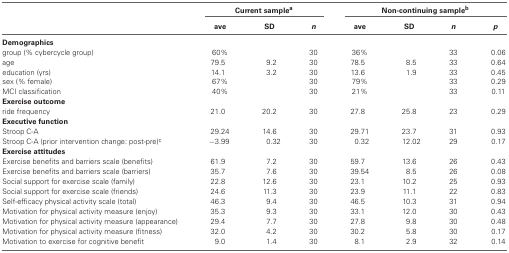
|  | <COLSPAN=3> Current samplea | <COLSPAN=4> Non-continuing sampleb |
 |  | ave | SD | n | ave | SD | n | p |
 | --- | --- | --- | --- | --- | --- | --- | --- |
 | Demographics |
 | group (% cybercycle group) | 60% |  | 30 | 36% |  | 33 | 0.06 |
 | age | 79.5 | 9.2 | 30 | 78.5 | 8.5 | 33 | 0.64 |
 | education (yrs) | 14.1 | 3.2 | 30 | 13.6 | 1.9 | 33 | 0.45 |
 | sex (% female) | 67% |  | 30 | 79% |  | 33 | 0.29 |
 | MCI classification | 40% |  | 30 | 21% |  | 33 | 0.11 |
 | Exercise outcome |
 | ride frequency | 21.0 | 20.2 | 30 | 27.8 | 25.8 | 23 | 0.29 |
 | Executive function |
 | Stroop C-A | 29.24 | 14.6 | 30 | 29.71 | 23.7 | 31 | 0.93 |
 | Stroop C-A (prior intervention change: post-pre)c | −3.99 | 0.32 | 30 | 0.32 | 12.02 | 29 | 0.17 |
 | Exercise attitudes |
 | Exercise benefits and barriers scale (benefits) | 61.9 | 7.2 | 30 | 59.7 | 13.6 | 26 | 0.43 |
 | Exercise benefits and barriers scale (barriers) | 35.7 | 7.6 | 30 | 39.54 | 8.5 | 26 | 0.08 |
 | Social support for exercise scale (family) | 22.8 | 12.6 | 30 | 23.1 | 10.2 | 25 | 0.93 |
 | Social support for exercise scale (friends) | 24.6 | 11.3 | 30 | 23.9 | 11.1 | 22 | 0.83 |
 | Self-efficacy physical activity scale (total) | 46.3 | 9.4 | 30 | 46.5 | 10.3 | 31 | 0.94 |
 | Motivation for physical activity measure (enjoy) | 35.3 | 9.3 | 30 | 33.1 | 12.0 | 30 | 0.43 |
 | Motivation for physical activity measure (appearance) | 29.4 | 7.7 | 30 | 27.8 | 9.8 | 30 | 0.48 |
 | Motivation for physical activity measure (fitness) | 32.0 | 4.2 | 30 | 30.2 | 5.8 | 30 | 0.17 |
 | Motivation to exercise for cognitive benefit | 9.0 | 1.4 | 30 | 8.1 | 2.9 | 32 | 0.14 |